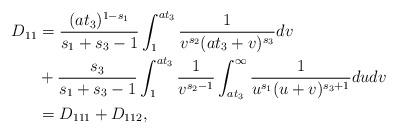
LaTeX: \begin{align*}D_{11} &= \frac{(at_3)^{1-s_1}}{s_1+s_3-1} \int_1^{at_3} \frac{1}{v^{s_2}(at_3+v)^{s_3}} dv \\&+ \frac{s_3}{s_1+s_3-1} \int_1^{at_3} \frac{1}{v^{s_2-1}} \int_{at_3}^\infty \frac{1}{u^{s_1} (u+v)^{s_3+1}} dudv \\&= D_{111}+D_{112},\end{align*}